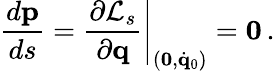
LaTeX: \frac{d{\mathbf p}}{ds}=\left.\frac{\partial{\cal L}_{s}}{\partial{\mathbf q}}\right|_{({\mathbf 0},\dot{\mathbf q}_{0})}={\mathbf 0}\, .